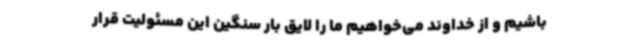
باشیم و از خداوند می‌خواهیم ما را لایق بار سنگین این مسئولیت قرار